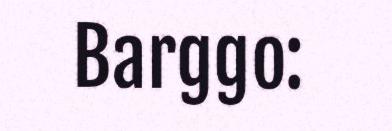
Barggo: